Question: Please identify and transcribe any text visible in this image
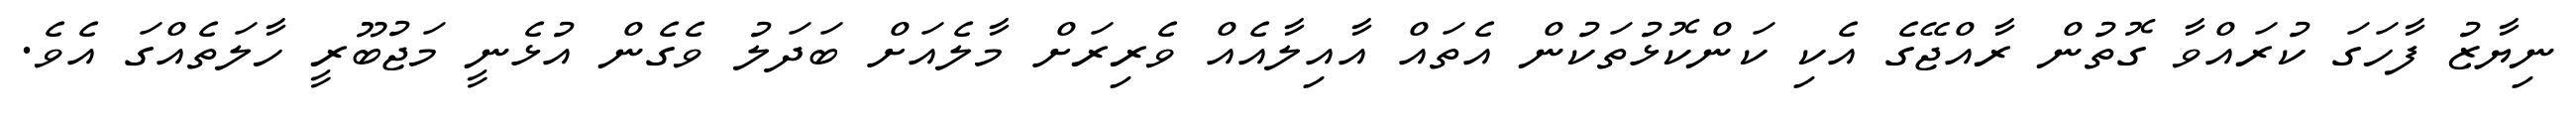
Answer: ނިޔާޒު ފާހަގަ ކުރައްވާ ގޮތުން ރާއްޖޭގެ އެކި ކަންކޮޅުތަކުން އެތައް އާއިލާއެއް ވެރިރަށް މާލެއަށް ބަދަލު ވެގެން އުޅެނީ މަޖުބޫރީ ހާލަތެއްގަ އެވެ.